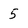
Character: 5